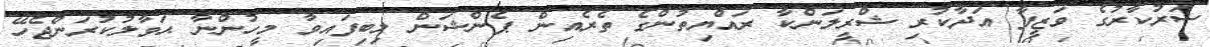
ސަރުކާރުގެ ވަޒީފާ އަދާކުރި ޝްރީލަންކާ ރައްޔިތުންގެ ތެރެއިން ޕެންޝަން ލިބިފައިވާ މީހުންނާ ޙަވާލުކުރަންޖެހޭ